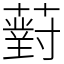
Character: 薱